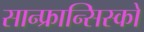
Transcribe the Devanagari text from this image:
सान्फ्रान्सिस्को